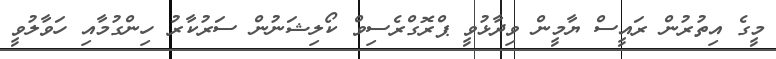
މީގެ އިތުރުން ރައީސް ޔާމީން ވިދާޅުވީ ޕްރޮގްރެސިވް ކޯލިޝަނުން ސަރުކާރު ހިންގުމާއި ހަވާލުވީ